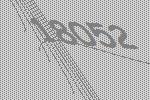
18052